Scottish Leaving Certificate Examination, 1956
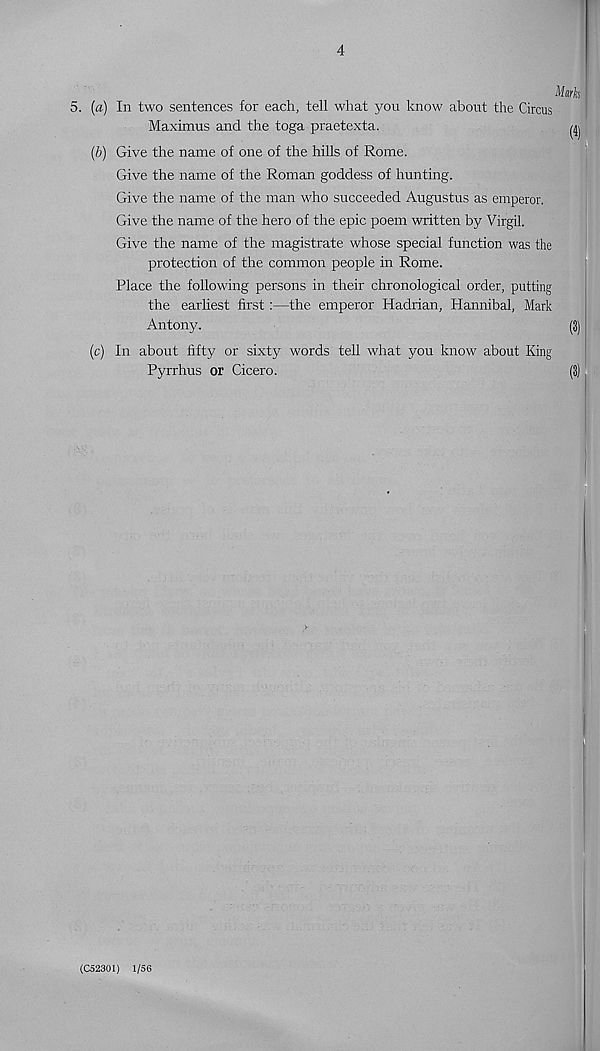
4
5. [a) In two sentences for each, tell what you know about the Circus
Maximus and the toga praetexta.
(V) Give the name of one of the hills of Rome.
Give the name of the Roman goddess of hunting.
Give the name of the man who succeeded Augustus as emperor.
Give the name of the hero of the epic poem written by Virgil.
Give the name of the magistrate whose special function was the
protection of the common people in Rome.
Place the following persons in their chronological order, putting
the earliest first:—the emperor Hadrian, Hannibal, Mark
Antony.
(c) In about fifty or sixty words tell what you know about
Pyrrhus or Cicero.
King
(C52301) 1/56